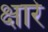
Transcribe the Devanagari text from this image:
क्षारे